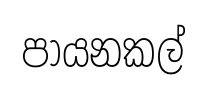
පායනකල්